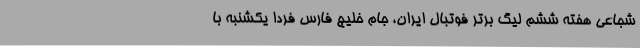
شجاعی هفته ششم لیگ برتر فوتبال ایران، جام خلیج فارس فردا یکشنبه با